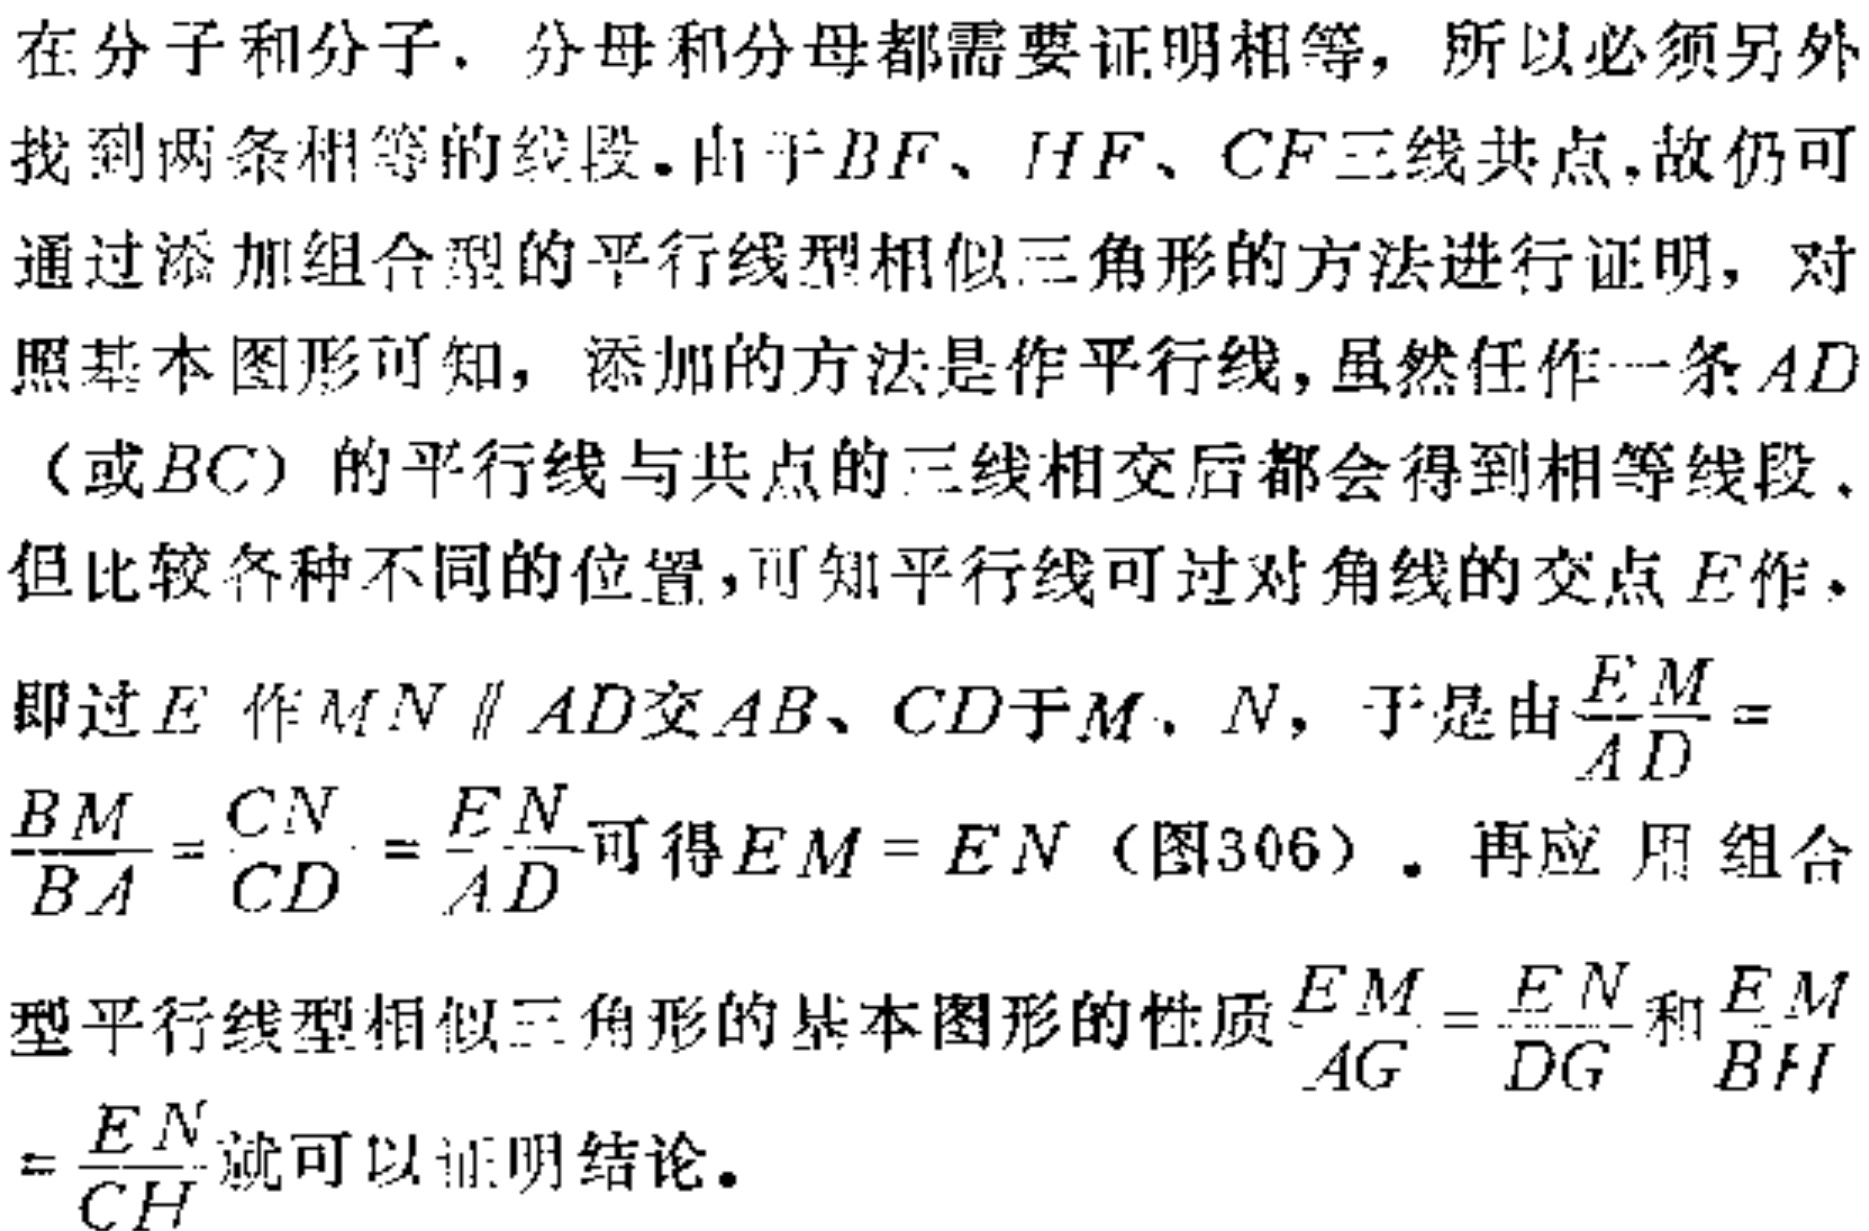
在分子和分子，分母和分母都需要证明相等，所以必须另外找到两条相等的线段。由于\(BF\)、\(HF\)、\(CF\)三线共点，故仍可通过添加组合型的平行线型相似三角形的方法进行证明，对照基本图形可知，添加的方法是作平行线，虽然任作一条\(AD\)（或\(BC\)）的平行线与共点的三线相交后都会得到相等线段，但比较各种不同的位置，可知平行线可过对角线的交点\(E\)作，即过\(E\)作\(MN \parallel AD\)交\(AB\)、\(CD\)于\(M\)、\(N\)，于是由\(\frac{EM}{AD}=\frac{BM}{BA}=\frac{CN}{CD}=\frac{EN}{AD}\)可得\(EM = EN\)（图306）。再应用组合型平行线型相似三角形的基本图形的性质\(\frac{EM}{AG}=\frac{EN}{DG}\)和\(\frac{EM}{BH}=\frac{EN}{CH}\)就可以证明结论。